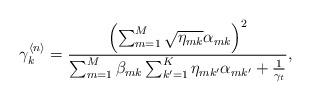
LaTeX: \begin{align*} \gamma_{k}^{\langle n\rangle}= \frac{ \left(\sum_{m=1}^M \sqrt{\eta_{mk}} \alpha_{mk} \right)^2} { \sum_{m=1}^M \beta_{mk} \sum_{k'=1}^{K} \eta_{mk'} \alpha_{mk'}+\frac{1}{\gamma_t} },\end{align*}